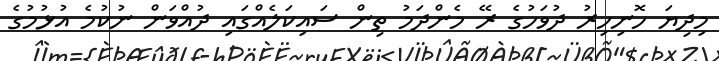
މިދިޔަ ހޮނިހިރު ދުވަހުގެ ރޭ މެންދަމު ތިން ސައިކަލެއްގައި ދުއްވަން ނުކުމެ އުޅުމުގެ